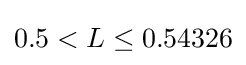
0.5<L\leq 0.54326